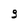
Character: g